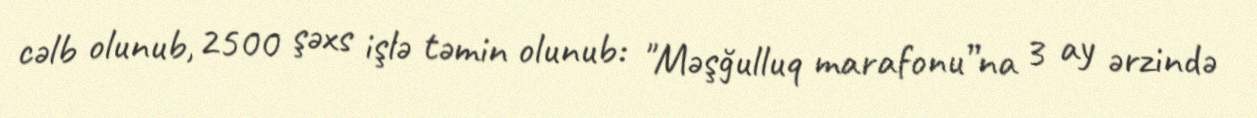
cəlb olunub, 2500 şəxs işlə təmin olunub: "Məşğulluq marafonu”na 3 ay ərzində